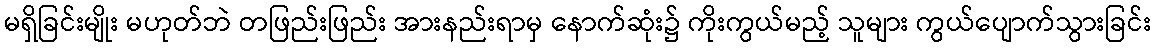
မရှိခြင်းမျိုး မဟုတ်ဘဲ တဖြည်းဖြည်း အားနည်းရာမှ နောက်ဆုံး၌ ကိုးကွယ်မည့် သူများ ကွယ်ပျောက်သွားခြင်း